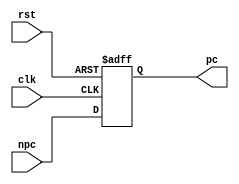
/*pc */
/*
(.rst(), .clk(), .npc(), .pc())
*/
`timescale 1ns / 1ps

module pc(
    input wire       rst,
    input wire       clk,
    input wire[31:0] npc,
    // 
    output reg[31:0] pc
    );
    always @ (posedge clk or posedge rst) begin
        if (rst) begin
            pc <= 'h00000000;
        end else begin
            pc <= npc;
        end
    end
endmodule